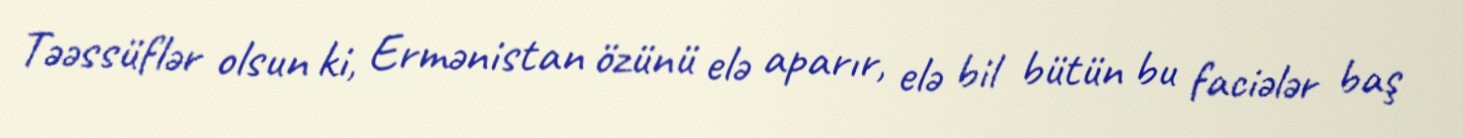
Təəssüflər olsun ki, Ermənistan özünü elə aparır, elə bil bütün bu faciələr baş